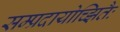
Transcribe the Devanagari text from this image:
सम्प्रदायोच्झितैः